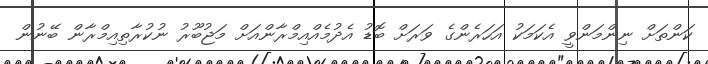
ކަންތަށް ނިންމަންވީ އެކަމަކު އަހަރެންގެ ވަރަށް ބޮޑު އެދުމެއްއިމްރާންއަށް މަޖުބޫރު ނުކުރާތިއިމްރާން ބޭނުން